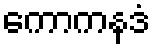
ကောကနဒံ